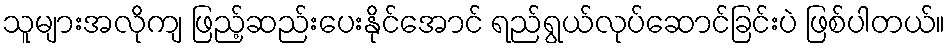
သူများအလိုကျ ဖြည့်ဆည်းပေးနိုင်အောင် ရည်ရွယ်လုပ်ဆောင်ခြင်းပဲ ဖြစ်ပါတယ်။